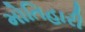
મોતિહારી